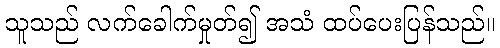
သူသည် လက်ခေါက်မှုတ်၍ အသံ ထပ်ပေးပြန်သည်။